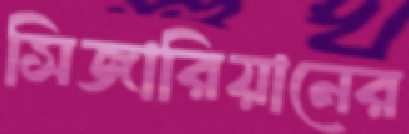
সিজারিয়ানের